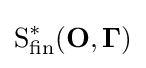
{\text{S}}_{\text{fin}}^{*}(\mathbf {O} ,\mathbf {\Gamma } )